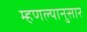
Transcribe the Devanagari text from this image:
म्हणल्यानुसार